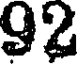
92